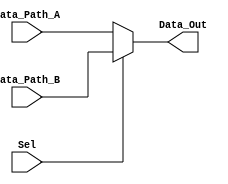

module CW_Mux21 (Data_Path_A, Data_Path_B, Sel, Data_Out);
     parameter n = 8 ;
   input[n-1:0] Data_Path_A; 
   input[n-1:0] Data_Path_B; 
   input Sel; 
   output[n-1:0] Data_Out; 
   wire  [n-1:0] Data_Out;

   assign Data_Out = (Sel == 1'b0) ? Data_Path_A : Data_Path_B ;
endmodule